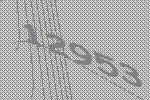
12953